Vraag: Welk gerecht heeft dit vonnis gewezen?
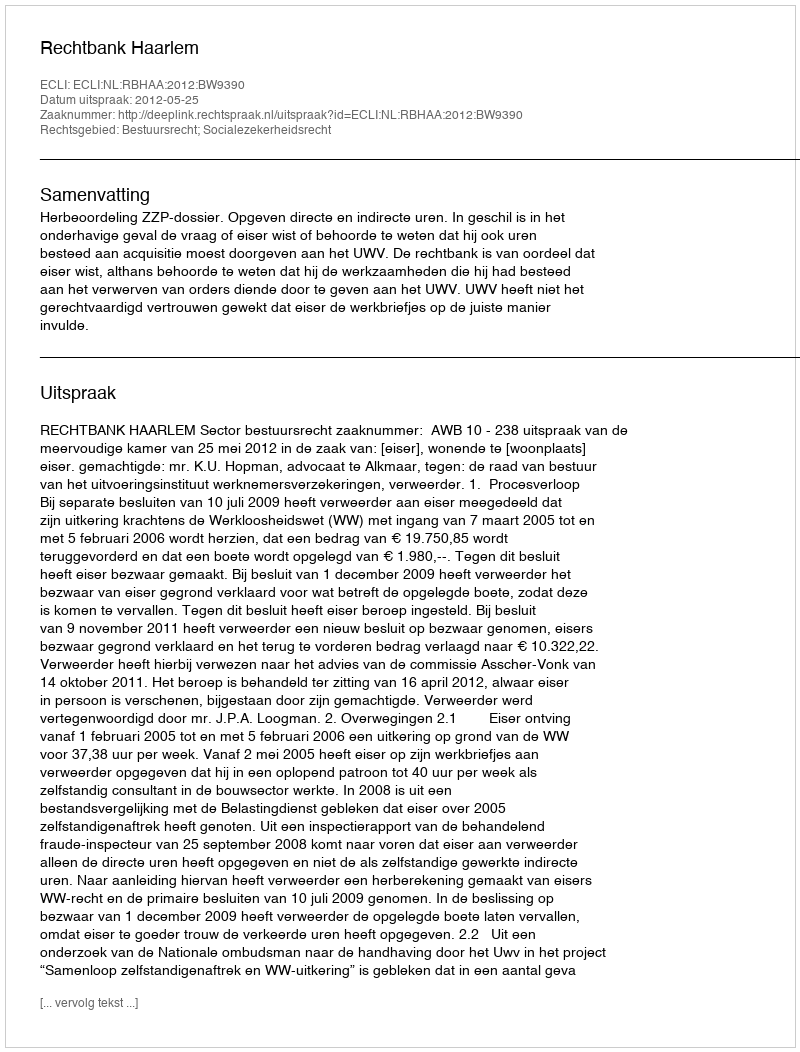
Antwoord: Rechtbank Haarlem